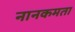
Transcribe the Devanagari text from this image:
नानकमता